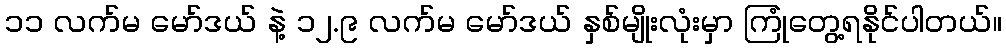
၁၁ လက်မ မော်ဒယ် နဲ့ ၁၂.၉ လက်မ မော်ဒယ် နှစ်မျိုးလုံးမှာ ကြုံတွေ့ရနိုင်ပါတယ်။